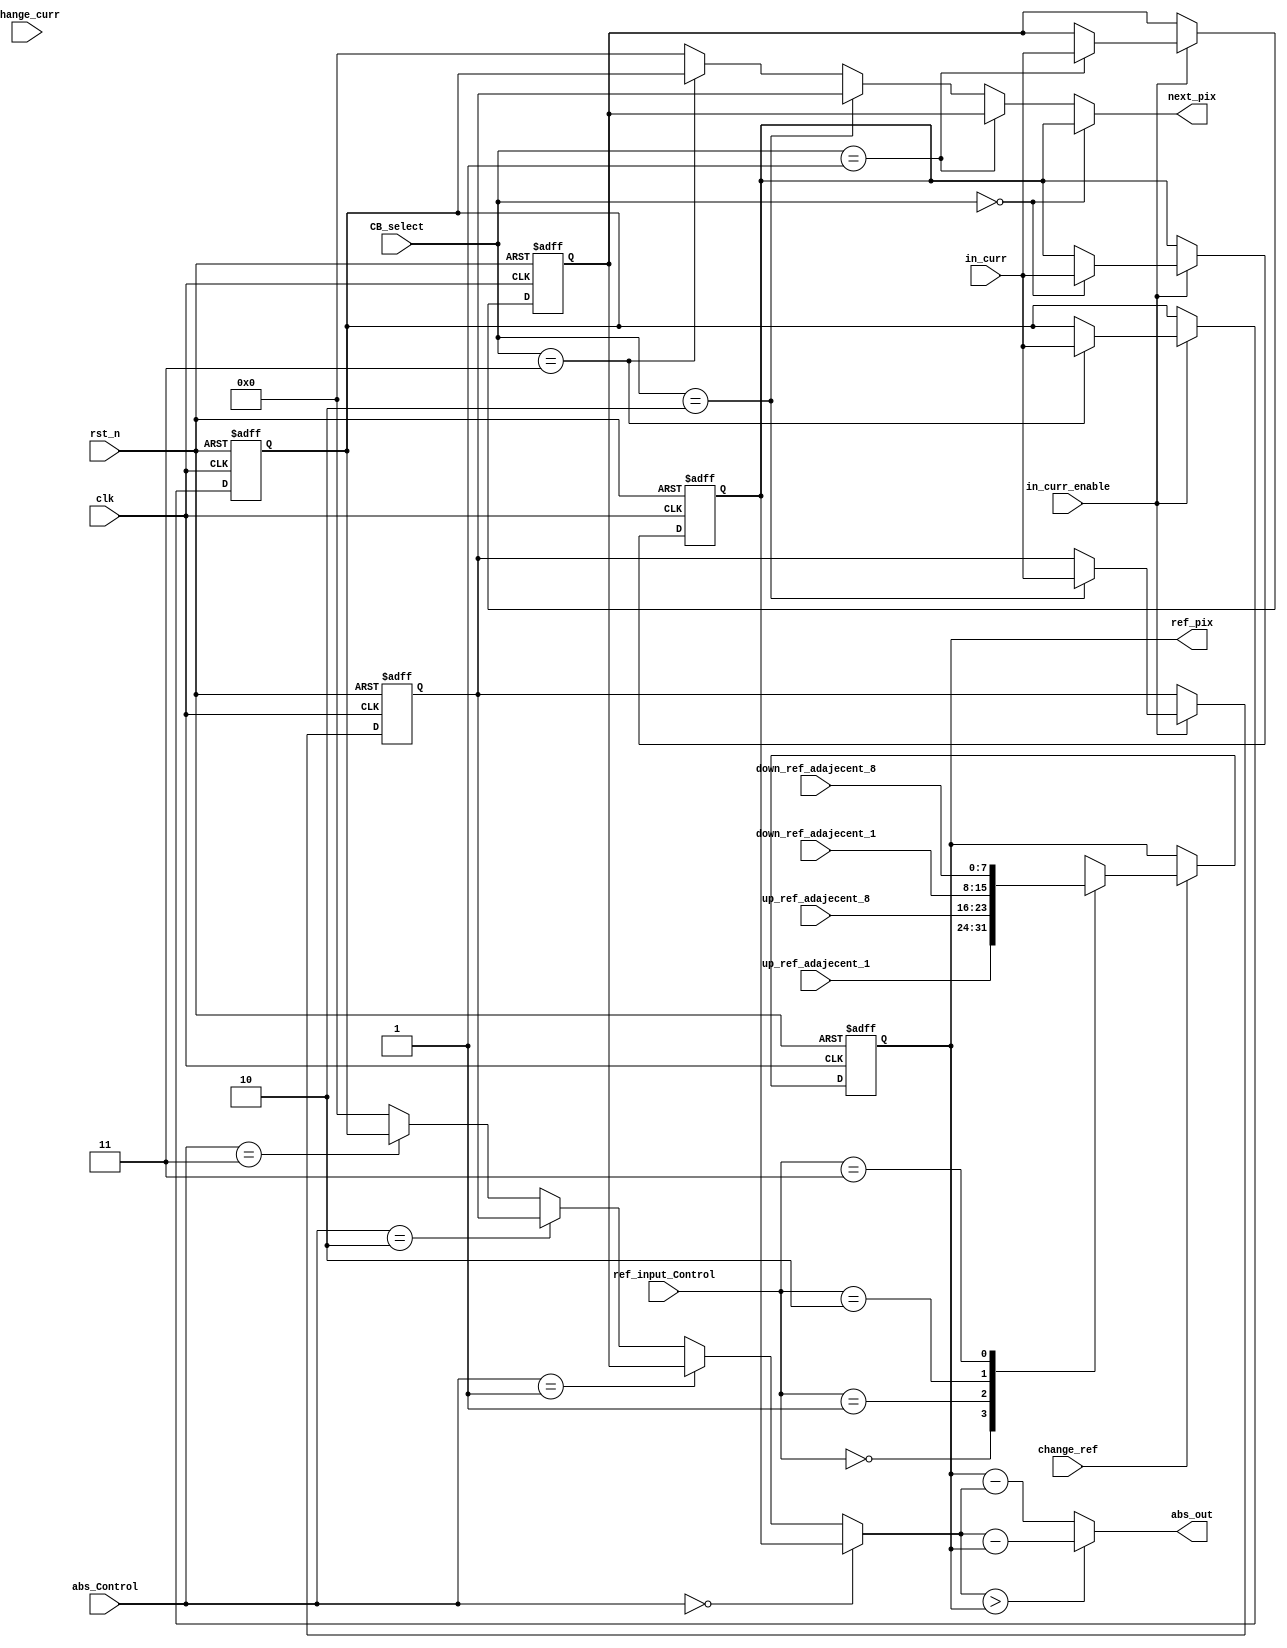
`define PIXEL 8

module PE_Xi_4(
input					clk,
input					rst_n,
	//
input	[`PIXEL-1:0]	in_curr,         //one pixel input
input					in_curr_enable,  //transfer to next PE;norm 1
input					change_curr,     //change current PE  ;norm 1
input	[1:0]			CB_select,       //exist to different register as different CB,values:0~3
    //
input	[1:0]			abs_Control,      //decide which CB block to decrease,          values:0~3

	//
input	[`PIXEL-1:0]	up_ref_adajecent_1,  
input	[`PIXEL-1:0]	up_ref_adajecent_8,
input	[`PIXEL-1:0]	down_ref_adajecent_1,
input	[`PIXEL-1:0]	down_ref_adajecent_8,
input                   change_ref,      //change reference PE;norm 1
input	[1:0]			ref_input_Control,   //this control signal decide the input of PE of reference frame values:0~3
    //
output	[`PIXEL-1:0]	abs_out,
    //
output	[`PIXEL-1:0] 	next_pix,
    //
output reg[`PIXEL-1:0] 	ref_pix
);


reg [`PIXEL-1:0] reg_next_pix_CB1_1;
reg [`PIXEL-1:0] reg_next_pix_CB1_2;
reg [`PIXEL-1:0] reg_next_pix_CB1_3;
reg [`PIXEL-1:0] reg_next_pix_CB1_4;
// reg [`PIXEL-1:0] reg_next_pix_CB2_1;
// reg [`PIXEL-1:0] reg_next_pix_CB2_2;
// reg [`PIXEL-1:0] reg_next_pix_CB2_3;
// reg [`PIXEL-1:0] reg_next_pix_CB2_4;

wire [`PIXEL-1:0] curr_pix;

//down_ref:0 1 2 3 4 5
//ref_pix: 0 0 1 2 3 4      
//2st PE
//down_ref:0 0 1 3 3 4
//ref_pix: 0 0 0 1 2 3
always@(posedge clk or negedge rst_n)
begin
	if(! rst_n)
		ref_pix <= 0;
	else
	begin 
	  if(change_ref)
	  begin
	    case(ref_input_Control)
		  2'b00: ref_pix<= up_ref_adajecent_1;
		  2'b01: ref_pix<= up_ref_adajecent_8;          		  
		  2'b10: ref_pix<= down_ref_adajecent_1;
		  2'b11: ref_pix<= down_ref_adajecent_8; 				
	    endcase
	  end
	end

end

//in_curr: 0 1 2 3 4 5   
//next_pix:0 0 1 2 3 4 5
//curr_pix:0 0 0 1 2 3 4
///////////////////
//in_curr: 0 0 1 2 3 4 5
//next_pix:0 0 0 1 2 3 411
//curr_pix:0 0 0 0 1 2 3
//...
always@(posedge clk or negedge rst_n)	//
begin
	if(! rst_n)
	begin
		reg_next_pix_CB1_1 <=0;
		reg_next_pix_CB1_2 <=0;
		reg_next_pix_CB1_3 <=0;
		reg_next_pix_CB1_4 <=0;
		// reg_next_pix_CB2_1 <=0;
		// reg_next_pix_CB2_2 <=0;
		// reg_next_pix_CB2_3 <=0;
		// reg_next_pix_CB2_4 <=0;
	end
	else
	begin
		if(in_curr_enable)   //begin to input current PE register;norm 1
		begin
		case(CB_select)
		   2'b00:reg_next_pix_CB1_1 <=in_curr;  
           2'b01:reg_next_pix_CB1_2 <=in_curr;
		   2'b10:reg_next_pix_CB1_3 <=in_curr;  
           2'b11:reg_next_pix_CB1_4 <=in_curr;
		   // 3'b100:reg_next_pix_CB2_1 <=in_curr;  
     //       3'b101:reg_next_pix_CB2_2 <=in_curr;
		   // 3'b110:reg_next_pix_CB2_3 <=in_curr;  
     //       3'b111:reg_next_pix_CB2_4 <=in_curr;
		endcase
        end			
	end                                            
end                                              //
                                                  

assign curr_pix = (
				(abs_Control==2'b00)?(reg_next_pix_CB1_1):(
                (abs_Control==2'b01)?(reg_next_pix_CB1_2):(
				(abs_Control==2'b10)?(reg_next_pix_CB1_3):(
				(abs_Control==2'b11)?(reg_next_pix_CB1_4):0
				// (abs_Control==3'b100)?(reg_next_pix_CB2_1):(
				// (abs_Control==3'b101)?(reg_next_pix_CB2_2):(
				// (abs_Control==3'b110)?(reg_next_pix_CB2_3):(
				// (abs_Control==3'b111)?(reg_next_pix_CB2_4):0
)))
);

//selcet one CB block to decrease ref_pix
assign abs_out=(curr_pix > ref_pix)?(curr_pix-ref_pix):(ref_pix-curr_pix);

assign next_pix=((CB_select==2'b00)?reg_next_pix_CB1_1:(
                 (CB_select==2'b01)?reg_next_pix_CB1_2:(
				 (CB_select==2'b10)?reg_next_pix_CB1_3:(
				 (CB_select==2'b11)?reg_next_pix_CB1_4:0
				 // (CB_select==3'b100)?reg_next_pix_CB2_1:(
				 // (CB_select==3'b101)?reg_next_pix_CB2_2:(
				 // (CB_select==3'b110)?reg_next_pix_CB2_3:(
				 // (CB_select==3'b111)?reg_next_pix_CB2_4:0			 
)))
);


endmodule